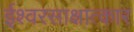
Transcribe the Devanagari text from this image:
ईश्वरसाक्षात्कार